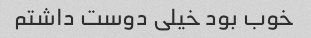
خوب بود خیلی دوست داشتم